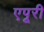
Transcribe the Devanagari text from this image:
एपूरी